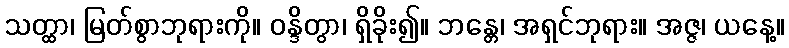
သတ္ထာ၊ မြတ်စွာဘုရားကို။ ဝန္ဒိတွာ၊ ရှိခိုး၍။ ဘန္တေ၊ အရှင်ဘုရား။ အဇ္ဇ၊ ယနေ့။